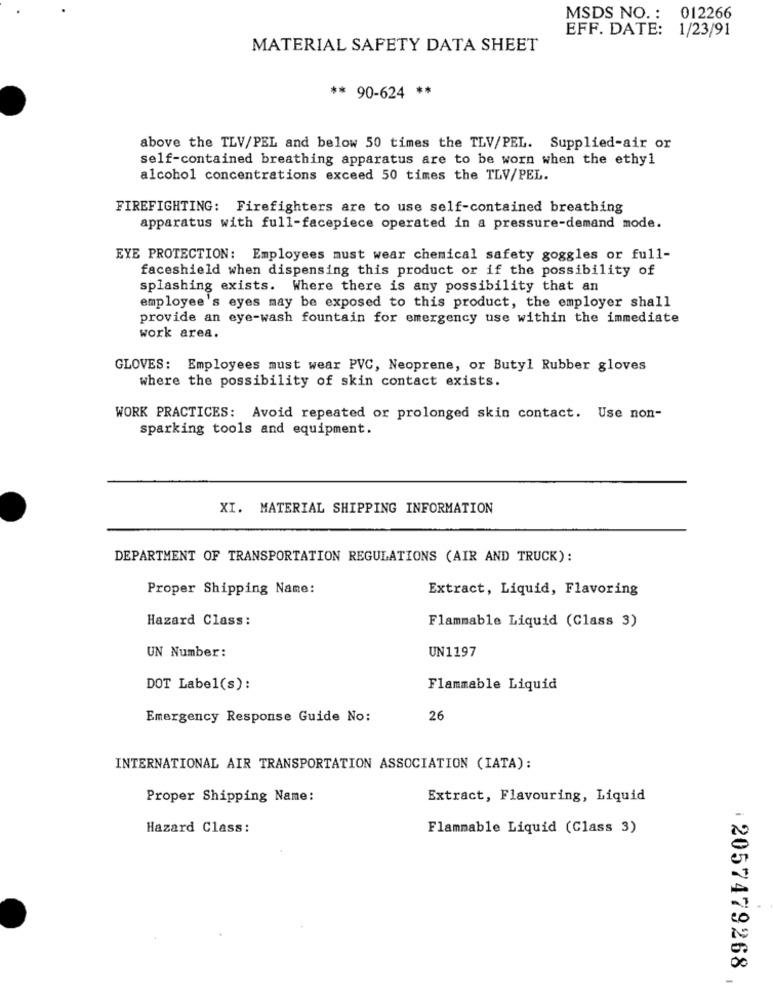
MSDS NO. : 012266
EFF. DATE: 1/23/91
MATERIAL SAFETY DATA SHEET
** 90-624 **
above the TLV/PEL and below 50 times the TLV/PEL. Supplied-air or
self-contained breathing apparatus are to be worn when the ethyl
alcohol concentrations exceed 50 times the TLV/PEL.
FIREFIGHTING: Firefighters are to use self-contained breathing
apparatus with full-facepiece operated in a pressure-demand mode.
EYE PROTECTION: Employees must wear chemical safety goggles or full-
faceshield when dispensing this product or if the possibility of
splashing exists. Where there is any possibility that an
employee's eyes may be exposed to this product, the employer shall
provide an eye-wash fountain for emergency use within the immediate
work area.
GLOVES: Employees must wear PVC, Neoprene, or Butyl Rubber gloves
where the possibility of skin contact exists.
WORK PRACTICES: Avoid repeated or prolonged skin contact. Use non-
sparking tools and equipment.
XI. MATERIAL SHIPPING INFORMATION
DEPARTMENT OF TRANSPORTATION REGULATIONS (AIR AND TRUCK):
Proper Shipping Name:
Extract, Liquid, Flavoring
Hazard Class:
Flammable Liquid (Class 3)
UN1197
UN Number:
DOT Label(s):
Flammable Liquid
Emergency Response Guide No:
26
INTERNATIONAL AIR TRANSPORTATION ASSOCIATION (IATA):
Proper Shipping Name:
Extract, Flavouring, Liquid
Hazard Class:
Flammable Liquid (Class 3)
2057479268,